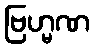
ဗြဟ္မဏ